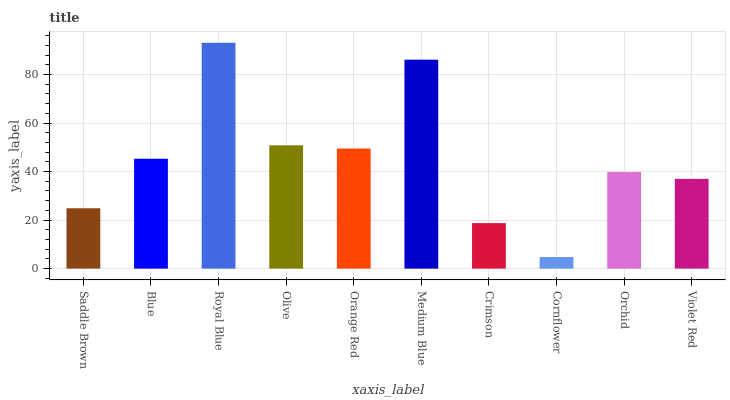
| xaxis_label | bars |
 | --- | --- |
 | Saddle Brown | 24.9 |
 | Blue | 45.3 |
 | Royal Blue | 93.1 |
 | Olive | 50.8 |
 | Orange Red | 49.5 |
 | Medium Blue | 86.1 |
 | Crimson | 18.8 |
 | Cornflower | 4.78 |
 | Orchid | 39.8 |
 | Violet Red | 37 |